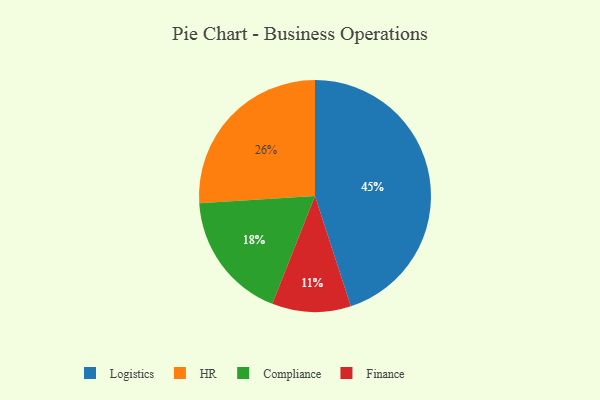
{"axis": {"x": "Category", "y": "Percentage"}, "legend": ["Compliance", "Finance", "HR", "Logistics"], "data": [{"x": "Compliance", "y": 18, "type": "Compliance"}, {"x": "Finance", "y": 11, "type": "Finance"}, {"x": "Logistics", "y": 45, "type": "Logistics"}, {"x": "HR", "y": 26, "type": "HR"}]}